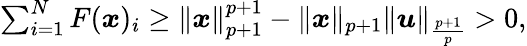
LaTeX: \begin{array}{r}{\sum_{i=1}^{N}F({\boldsymbol x})_{i}\geq\| {\boldsymbol x}\| _{p+1}^{p+1}-\| {\boldsymbol x}\| _{p+1}\| \boldsymbol{u}\| _{\frac{p+1}{p}}>0,}\end{array}